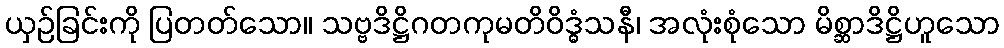
ယှဉ်ခြင်းကို ပြတတ်သော။ သဗ္ဗဒိဋ္ဌိဂတကုမတိဝိဒ္ဓံသနီ၊ အလုံးစုံသော မိစ္ဆာဒိဋ္ဌိဟူသော